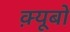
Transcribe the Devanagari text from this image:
क़्यूबो